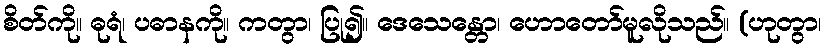
စိတ်ကို။ ဓုရံ၊ ပဓာနကို။ ကတွာ၊ ပြု၍။ ဒေသေန္တော၊ ဟောတော်မူလိုသည်။ (ဟုတွာ၊